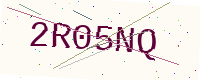
Text: 2R05NQ